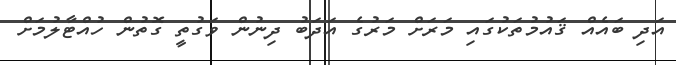
އަދި ބައެއް ޤައުމުތަކުގައި މަރަށް މަރުގެ އަދަބު ދިނުން ވަގުތީ ގޮތުން ހުއްޓާލުމަށް